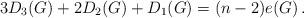
LaTeX: \begin{align*} 3D_3(G)+2D_2(G)+D_1(G) = (n-2)e(G) \,.\end{align*}